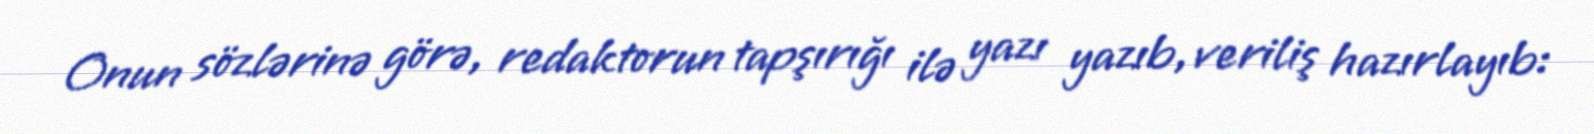
Onun sözlərinə görə, redaktorun tapşırığı ilə yazı yazıb, veriliş hazırlayıb: